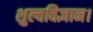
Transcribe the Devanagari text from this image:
शुल्वविज्ञान।